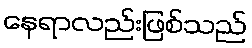
နေရာလည်းဖြစ်သည်